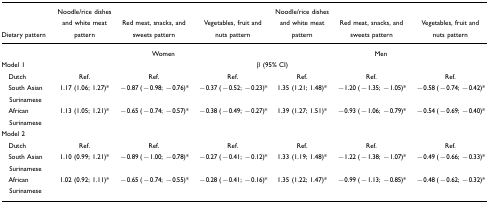
<table><thead><tr><td><b>Dietary pattern</b></td><td><b>Noodle/rice dishes and white meat pattern</b></td><td><b>Red meat, snacks, and sweets pattern</b></td><td><b>Vegetables, fruit and nuts pattern</b></td><td><b>Noodle/rice dishes and white meat pattern</b></td><td><b>Red meat, snacks, and sweets pattern</b></td><td><b>Vegetables, fruit and nuts pattern</b></td></tr></thead><tbody><tr><td></td><td colspan="3">Women</td><td colspan="3">Men</td></tr><tr><td>Model 1</td><td colspan="6">β (95% CI)</td></tr><tr><td> Dutch</td><td>Ref.</td><td>Ref.</td><td>Ref.</td><td>Ref.</td><td>Ref.</td><td>Ref.</td></tr><tr><td> South Asian Surinamese</td><td>1.17 (1.06; 1.27)*</td><td>−0.87 (−0.98; −0.76)*</td><td>−0.37 (−0.52; −0.23)*</td><td>1.35 (1.21; 1.48)*</td><td>−1.20 (−1.35; −1.05)*</td><td>−0.58 (−0.74; −0.42)*</td></tr><tr><td> African Surinamese</td><td>1.13 (1.05; 1.21)*</td><td>−0.65 (−0.74; −0.57)*</td><td>−0.38 (−0.49; −0.27)*</td><td>1.39 (1.27; 1.51)*</td><td>−0.93 (−1.06; −0.79)*</td><td>−0.54 (−0.69; −0.40)*</td></tr><tr><td>Model 2</td><td></td><td></td><td></td><td></td><td></td><td></td></tr><tr><td> Dutch</td><td>Ref.</td><td>Ref.</td><td>Ref.</td><td>Ref.</td><td>Ref.</td><td>Ref.</td></tr><tr><td> South Asian Surinamese</td><td>1.10 (0.99; 1.21)**</td><td>−0.89 (−1.00; −0.78)*</td><td>−0.27 (−0.41; −0.12)*</td><td>1.33 (1.19; 1.48)*</td><td>−1.22 (−1.38; −1.07)*</td><td>−0.49 (−0.66; −0.33)*</td></tr><tr><td> African Surinamese</td><td>1.02 (0.92; 1.11)*</td><td>−0.65 (−0.74; −0.55)*</td><td>−0.28 (−0.41; −0.16)*</td><td>1.35 (1.22; 1.47)*</td><td>−0.99 (−1.13; −0.85)*</td><td>−0.48 (−0.62; −0.32)*</td></tr></tbody></table>